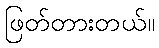
ဖြတ်တားတယ်။